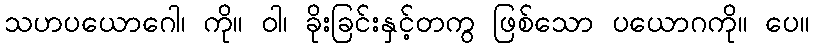
သဟပယောဂေါ၊ ကို။ ဝါ၊ ခိုးခြင်းနှင့်တကွ ဖြစ်သော ပယောဂကို။ ပေ။